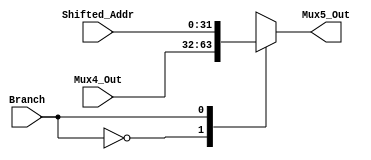
module Mux5 (
	Shifted_Addr, Mux4_Out,
	Branch, Mux5_Out
);

	input [31:0] Shifted_Addr, Mux4_Out;
	input Branch;	
	
	output reg [31:0] Mux5_Out;
	
	initial begin
		Mux5_Out = 0;
	end
	
	always @(*) begin
		case (Branch)
			0: Mux5_Out = Mux4_Out;
			1: Mux5_Out = Shifted_Addr;
		endcase
	end
endmodule